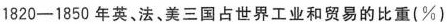
1820-1850年英、法、美三国占世界工业和贸易的比重(%)